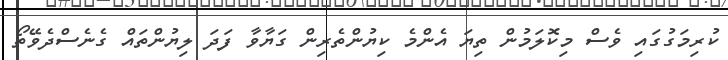
ކުރިމަގުގައި ވެސް މިކޮލަމުން ތިޔަ އެންމެ ކިޔުންތެރިން ގަޔާވާ ފަދަ ލިޔުންތައް ގެނެސްދެވޭތޯ